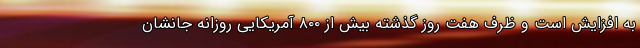
به افزایش است و ظرف هفت روز گذشته بیش از ۸۰۰ آمریکایی روزانه جانشان